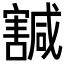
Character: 𡫴